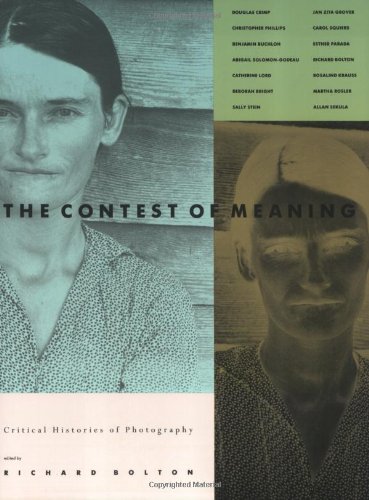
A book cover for The Contest of Meaning: Critical Histories of Photography; Arts & Photography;